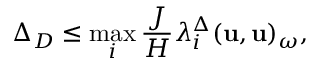
\Delta _ { D } \leq \operatorname* { m a x } _ { i } \frac { J } { H } \lambda _ { i } ^ { \Delta } ( \mathbf { u } , \mathbf { u } ) _ { \omega } ,